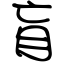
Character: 盲